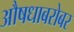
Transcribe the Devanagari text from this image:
औषधाबरोबर